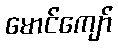
မောင်ကျော်